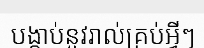
បង្គាប់នូវរាល់គ្រប់អ្វីៗ